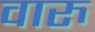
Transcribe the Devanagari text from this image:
वारु